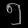
Digit: ၅